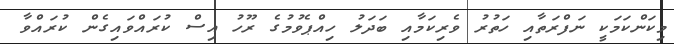
މިކަންކަމަކީ ނަފްރަތާއި ހަތުރު ވެރިކަމާއި ބަދަލު ހިއްޕެވުމުގެ ރޫހު އިސް ކުރައްވައިގެން ކުރައްވާ